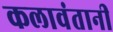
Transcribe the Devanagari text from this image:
कलावंतानी